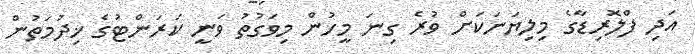
އަދި ފްލޮރިޑާގެ މިލިޔަނަކަށް ވުރެ ގިނަ މީހުން މިވަގުތު ވަނީ ކަރަންޓުގެ ޚިދުމަތުން